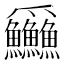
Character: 𪺚